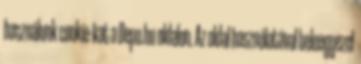
használunk cookie-kat a Depo.hu oldalon. Az oldal használatával beleegyezel